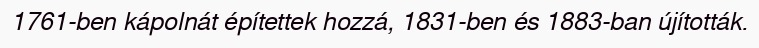
1761-ben kápolnát építettek hozzá, 1831-ben és 1883-ban újították.